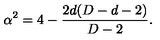
\alpha ^ { 2 } = 4 - \frac { 2 d ( D - d - 2 ) } { D - 2 } .